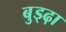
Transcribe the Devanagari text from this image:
बुड्ढ़ा